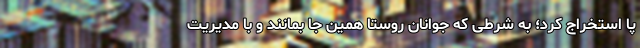
پا استخراج کرد؛ به شرطی که جوانان روستا همین‌ جا بمانند و با مدیریت